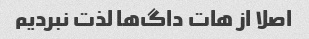
اصلا از هات داگ‌ها لذت نبردیم